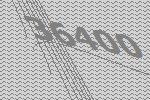
36400